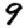
Digit: 9